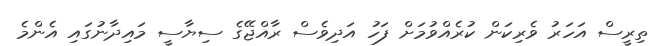
ތިރީސް އަހަރު ވެރިކަން ކުރެއްވުމަށް ފަހު އަދިވެސް ރާއްޖޭގެ ސިޔާސީ މައިދާނުގައި އެންމެ